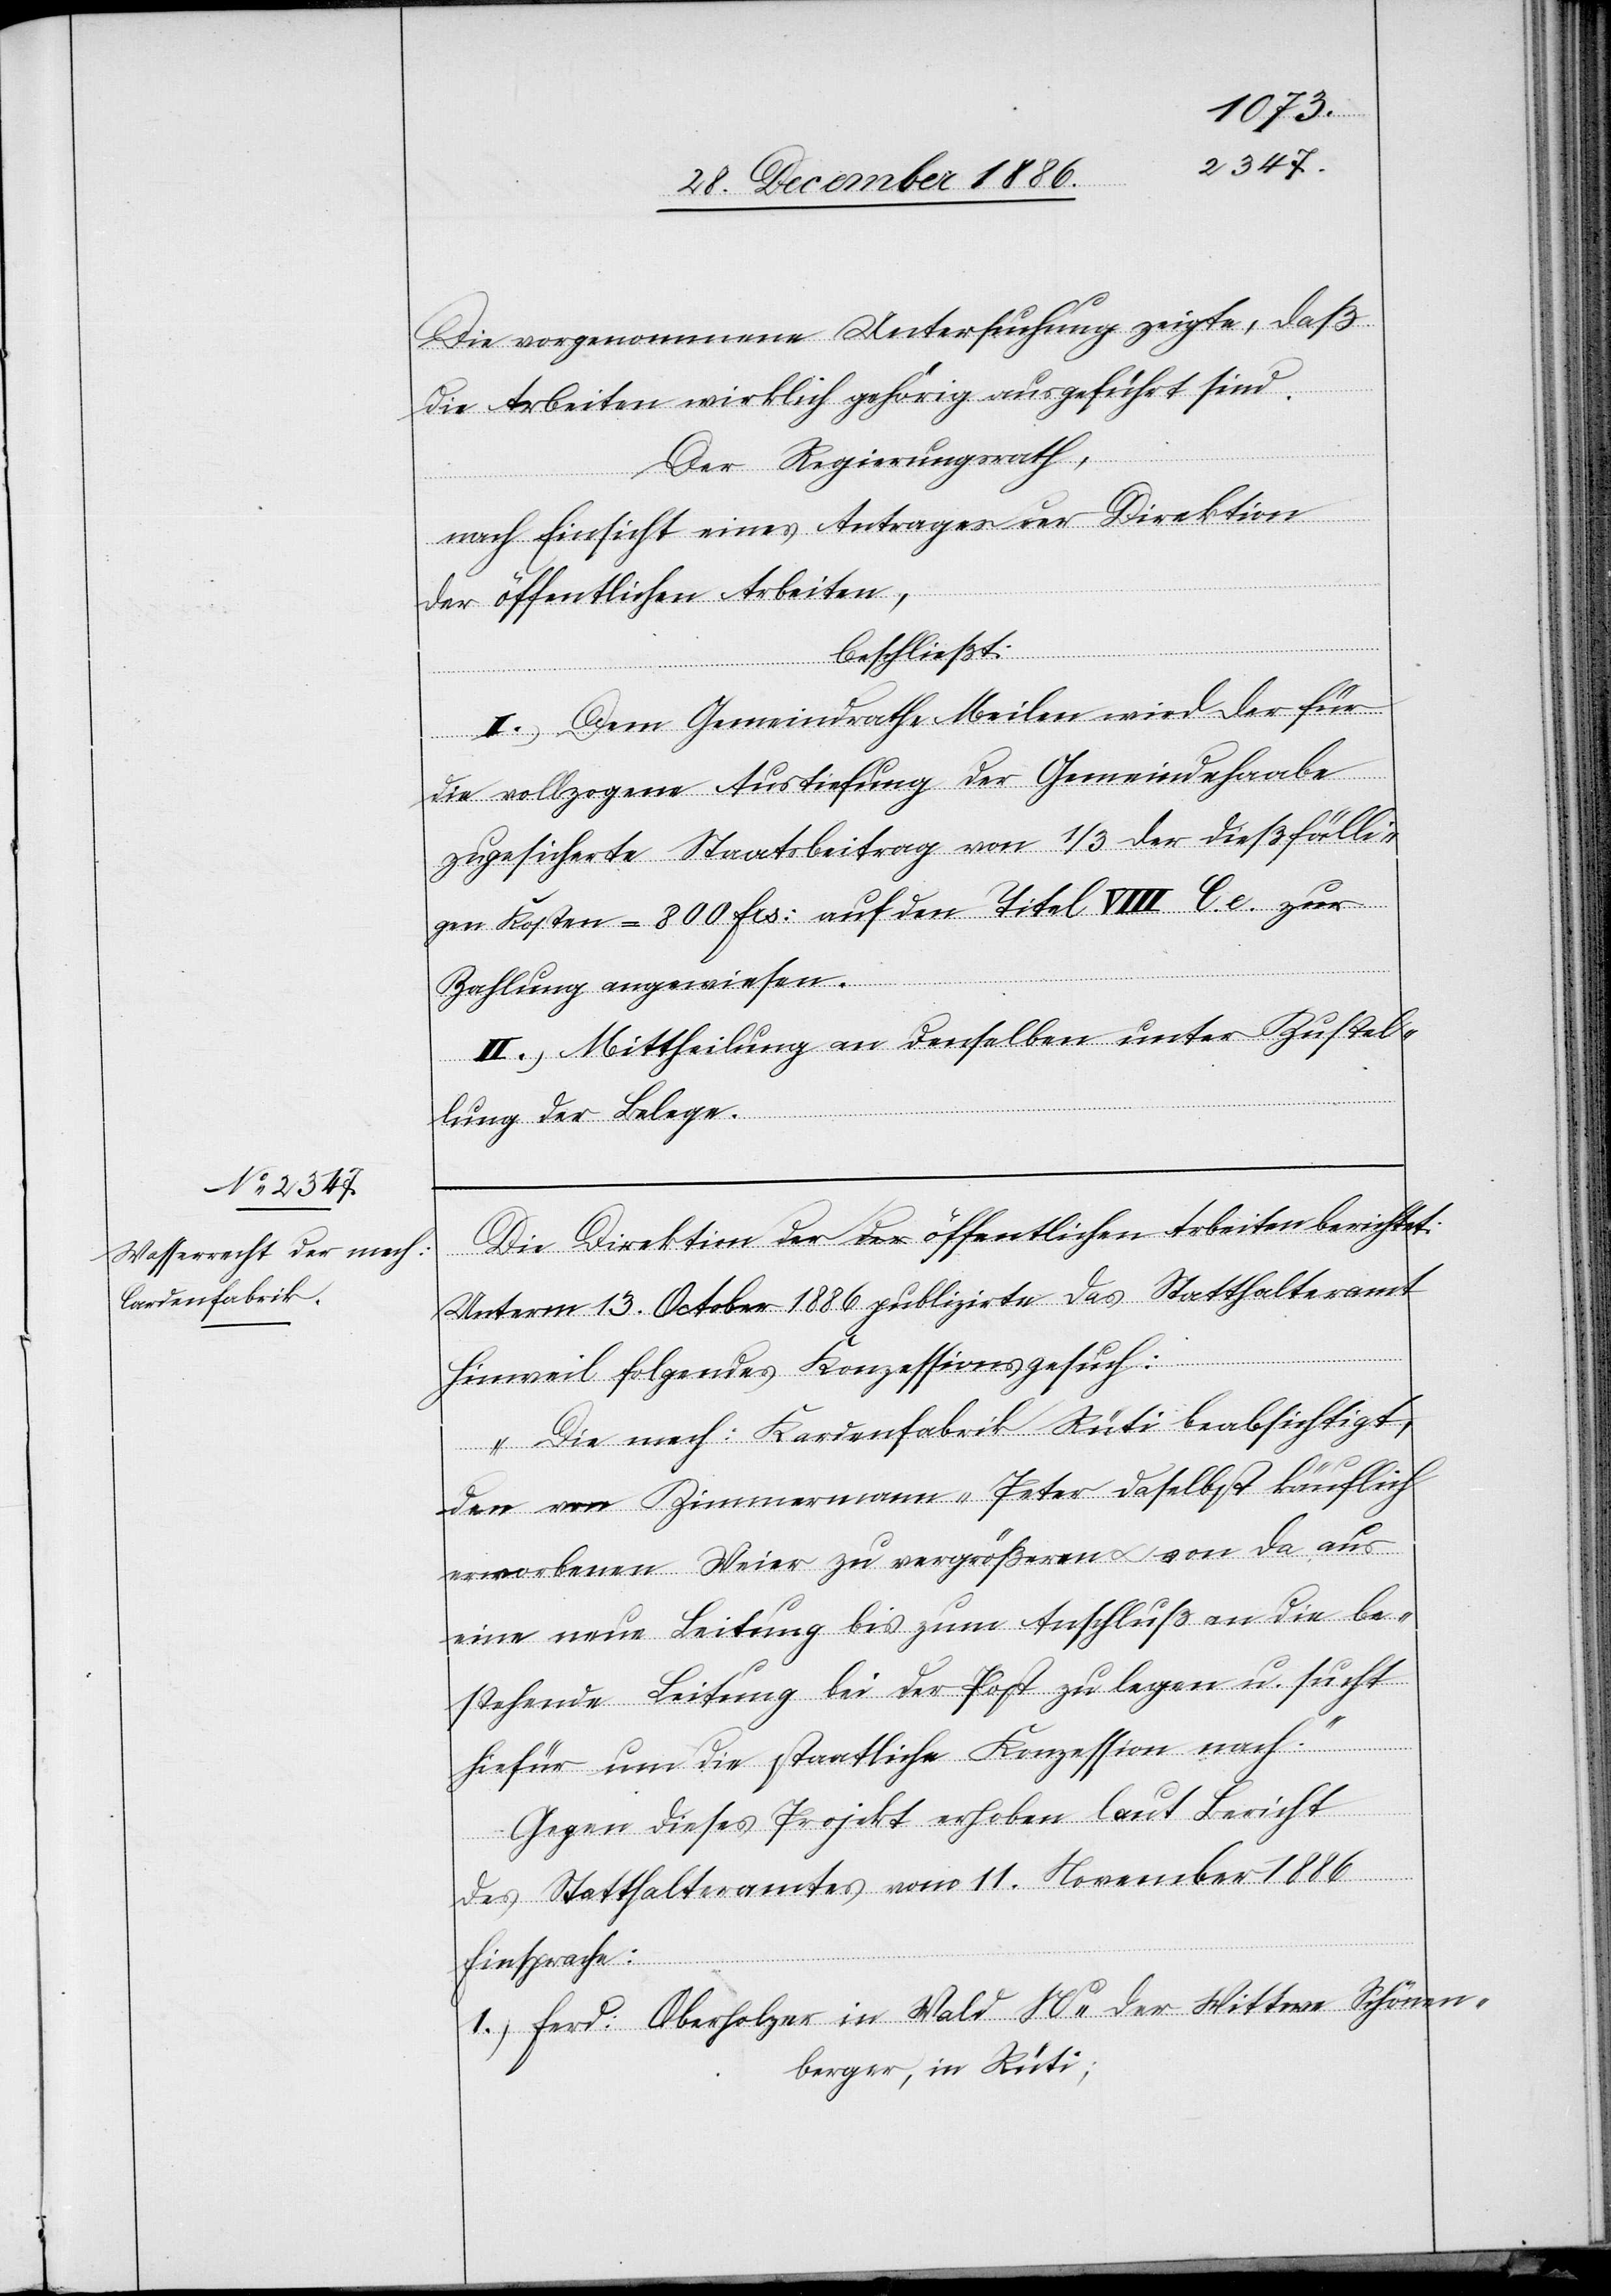
Die vorgenommene Untersuchung zeigte, daß
die Arbeiten wirklich gehörig ausgeführt sind.
Der Regierungsrath,
nach Einsicht eines Antrages der Direktion
der öffentlichen Arbeiten,
beschließt:
I.) Dem Gemeindrathe Meilen wird der für
die vollzogene Austiefung der Gemeindehaabe
zugesicherte Staatsbeitrag von 1/3 der dießfälli¬
gen Kosten = 800 Frs: auf den Titel VIII C. e. zur
Zahlung angewiesen.
II.) Mittheilung an denselben unter Zustel¬
lung der Belege.
Die Direktion der öffentlichen Arbeiten berichtet:
Unterm 13. October 1886 publizirte das Statthalteramt
Hinweil folgendes Konzessionsgesuch:
„Die mech: Kardenfabrik [sic!] Rüti beabsichtigt,
den von Zimmermann-Peter daselbst käuflich
erworbenen Weier zu vergrößeren & von da aus
eine neue Leitung bis zum Anschluß an die be¬
stehende Leitung bei der Post zu legen u. sucht
hiefür um die staatliche Konzession nach.“
Gegen dieses Projekt erhoben laut Bericht
des Statthalteramtes vom 11. November 1886
Einsprache:
1.) Ferd: Oberholzer in Wald Ns der Wittwe Schönen¬
berger, in Rüti;